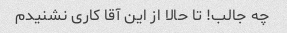
چه جالب! تا حالا از این آقا کاری نشنیدم